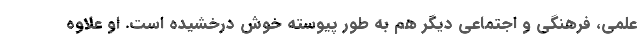
علمی، فرهنگی و اجتماعی دیگر هم به طور پیوسته خوش درخشیده است. او علاوه